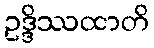
ဥဒ္ဒိဿထာတိ